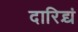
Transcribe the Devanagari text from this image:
दारिद्र्यं